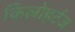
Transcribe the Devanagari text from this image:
किलोहर्टज